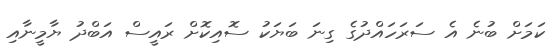
ކަމަށް ބުނެ އެ ސަރަހައްދުގެ ގިނަ ބަޔަކު ސޮއިކޮށް ރައީސް އަބްދު ޔާމީނާއި